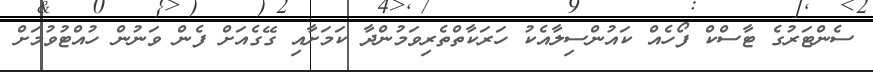
ސެންޓަރުގެ ޓާސްކް ފޯހެއް ކައުންސިލާއެކު ހަރަކާތްތެރިވަމުންދާ ކަމަށާއި ގޭގެއަށް ފެން ވަނުން ހުއްޓުވުމަށް